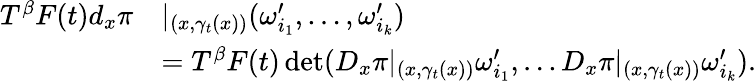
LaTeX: \begin{array}{rl}{T^{\beta}F(t)d_{x}\pi}&{|_{(x,\gamma_{t}(x))}(\omega_{i_{1}}^{\prime},\ldots,\omega_{i_{k}}^{\prime})}\\ &{=T^{\beta}F(t)\operatorname*{det}(D_{x}\pi|_{(x,\gamma_{t}(x))}\omega_{i_{1}}^{\prime},\ldots D_{x}\pi|_{(x,\gamma_{t}(x))}\omega_{i_{k}}^{\prime}).}\end{array}